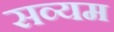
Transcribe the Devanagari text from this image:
सव्यम